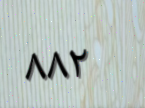
٨٨٢